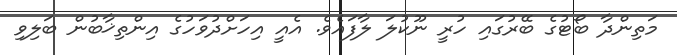
މަތިންދާ ބޯޓުގެ ބޭރުގައި ހުރީ ނޫކުލަ ލާފައެވެ. އެއީ އިހަށްދުވަހުގެ އިންތިޚާބުން ބަލިވި